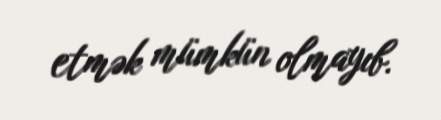
etmək mümkün olmayıb.